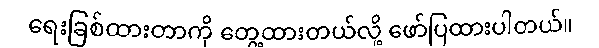
ရေးခြစ်ထားတာကို တွေ့ထားတယ်လို့ ဖော်ပြထားပါတယ်။